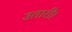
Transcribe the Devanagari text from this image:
उतारीं।